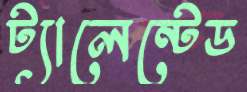
ট্যালেন্টেড